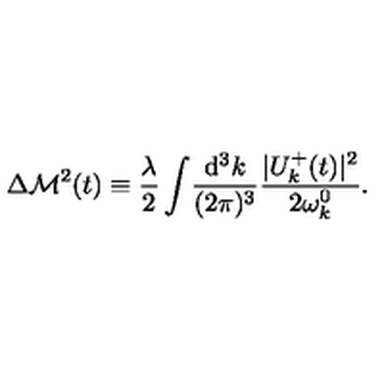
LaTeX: \Delta { \cal M } ^ { 2 } ( t ) \equiv \frac { \lambda } { 2 } \int \! \frac { \mathrm { d ^ { 3 } } k } { ( 2 \pi ) ^ { 3 } } \frac { | U _ { k } ^ { + } ( t ) | ^ { 2 } } { 2 \omega _ { k } ^ { 0 } } .